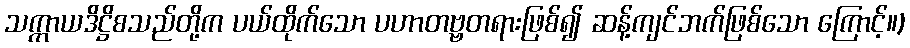
သက္ကာယဒိဋ္ဌိစသည်တို့က ပယ်ထိုက်သော ပဟာတဗ္ဗတရားဖြစ်၍ ဆန့်ကျင်ဘက်ဖြစ်သော ကြောင့်။)